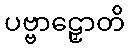
ပဗ္ဗာဠှောတိ